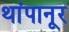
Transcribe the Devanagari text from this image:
थांपानूर